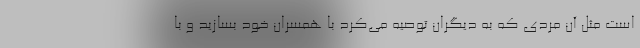
است مثل آن مردی که به دیگران توصیه می‌کرد با همسران خود بسازید و با